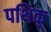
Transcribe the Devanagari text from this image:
पथिक्‌